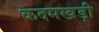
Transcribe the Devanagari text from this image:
कदमखड़ी